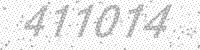
Solution: 411014